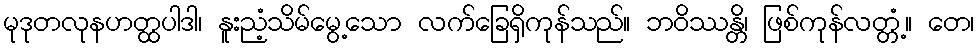
မုဒုတလုနဟတ္ထပါဒါ၊ နူးညံ့သိမ်မွေ့သော လက်ခြေရှိကုန်သည်။ ဘဝိဿန္တိ၊ ဖြစ်ကုန်လတ္တံ့။ တေ၊